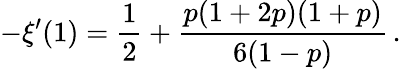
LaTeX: -\xi^{\prime}(1)={\frac{1}{2}}+{\frac{p(1+2p)(1+p)}{6(1-p)}}\, .